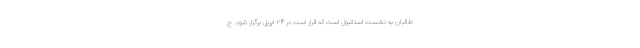
طالبان به نشست استانبول است که قرار است در ۲۴ اپریل برگزار شود. ج